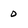
Character: 0